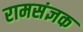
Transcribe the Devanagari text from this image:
रामसंज्ञक